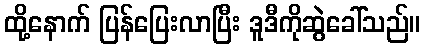
ထို့နောက် ပြန်ပြေးလာပြီး ဒူဒီကိုဆွဲခေါ်သည်။